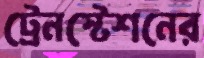
ট্রেনস্টেশনের